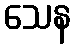
သေန